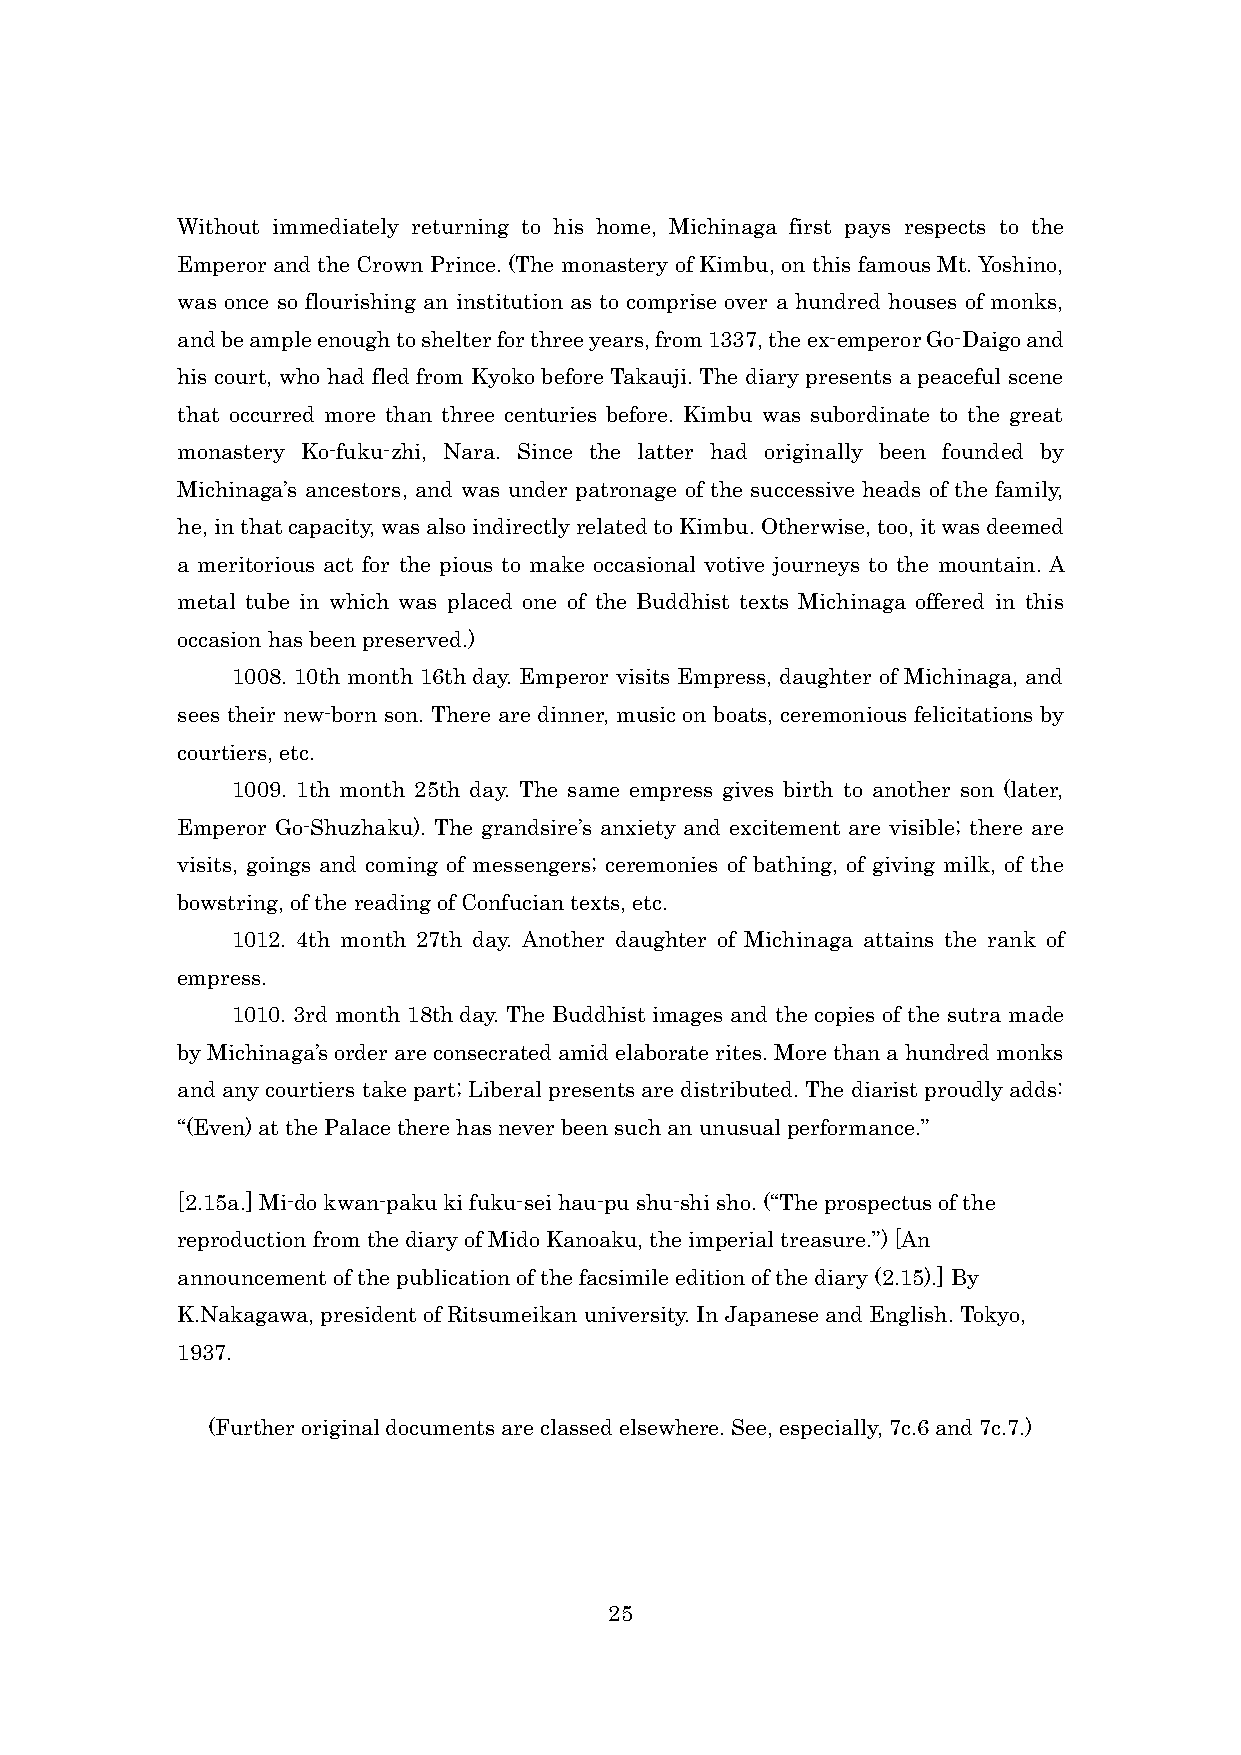
Without immediately returning to his home, Michinaga first pays respects to the
 Emperor and the Crown Prince. (The monastery of Kimbu, on this famous Mt. Yoshino,
 was once so flourishing an institution as to comprise over a hundred houses of monks,
 and be ample enough to shelter for three years, from 1337, the ex-emperor Go-Daigo and
 his court, who had fled from Kyoko before Takauji. The diary presents a peaceful scene
 that occurred more than three centuries before. Kimbu was subordinate to the great
 monastery Ko-fuku-zhi, Nara. Since the latter had originally been founded by
 Michinaga’s ancestors, and was under patronage of the successive heads of the family,
 he, in that capacity, was also indirectly related to Kimbu. Otherwise, too, it was deemed
 a meritorious act for the pious to make occasional votive journeys to the mountain. A
 metal tube in which was placed one of the Buddhist texts Michinaga offered in this
 occasion has been preserved.)
 1008. 10th month 16th day. Emperor visits Empress, daughter of Michinaga, and
 sees their new-born son. There are dinner, music on boats, ceremonious felicitations by
 courtiers, etc.
 1009. 1th month 25th day. The same empress gives birth to another son (later,
 Emperor Go-Shuzhaku). The grandsire’s anxiety and excitement are visible; there are
 visits, goings and coming of messengers; ceremonies of bathing, of giving milk, of the
 bowstring, of the reading of Confucian texts, etc.
 1012. 4th month 27th day. Another daughter of Michinaga attains the rank of
 empress.
 1010. 3rd month 18th day. The Buddhist images and the copies of the sutra made
 by Michinaga’s order are consecrated amid elaborate rites. More than a hundred monks
 and any courtiers take part; Liberal presents are distributed. The diarist proudly adds:
 “(Even) at the Palace there has never been such an unusual performance.”
 [2.15a.] Mi-do kwan-paku ki fuku-sei hau-pu shu-shi sho. (“The prospectus of the
 reproduction from the diary of Mido Kanoaku, the imperial treasure.”) [An
 announcement of the publication of the facsimile edition of the diary (2.15).] By
 K.Nakagawa, president of Ritsumeikan university. In Japanese and English. Tokyo,
 1937.
 (Further original documents are classed elsewhere. See, especially, 7c.6 and 7c.7.)
 25